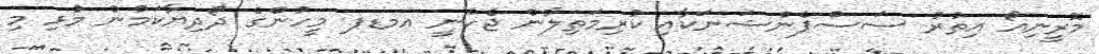
މޮރީނިއޯ އިތުރު ސަސްޕެންޝަނަކާއި ކުރިމަތިލާން ޖެހެނީ އމޑޕ މީހުންގެ ދޯދިޔާކަމުން މުޅި މި